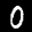
Label: 0